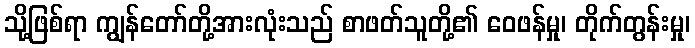
သို့ဖြစ်ရာ ကျွန်တော်တို့အားလုံးသည် စာဖတ်သူတို့၏ ဝေဖန်မှု၊ တိုက်တွန်းမှု၊